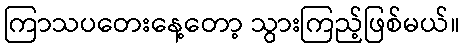
ကြာသပတေးနေ့တော့ သွားကြည့်ဖြစ်မယ်။